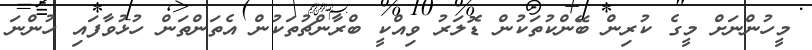
މީހުންނަށް މީގެ ކުރިން ބޭންކުތަކުން ޑޮލަރު ވިއްކީ ބްރާންޗުތަކުން އެތަންތަން ހުޅުވާފައި ހުންނަ